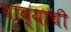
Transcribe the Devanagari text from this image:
थांब्याची